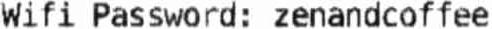
WIFI PASSWORD: ZENANDCOFFEE